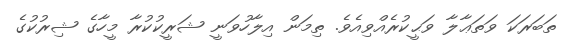
ތަބަރަކަ ވަތަޢާލާ ވަޙީކުރެއްވިއެވެ. ތިމަން އިލާހުވަނީ ޝަރީކުކުރާ މީހާގެ ޝިރުކުގެ